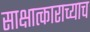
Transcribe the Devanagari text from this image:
साक्षात्काराच्याच